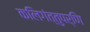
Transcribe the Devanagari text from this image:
कलिगंत्तुपर्णि